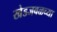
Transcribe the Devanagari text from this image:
खेडजवळच्या